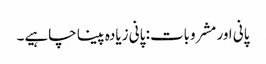
پانی اور مشروبات: پانی زیادہ پینا چاہیے۔